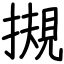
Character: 摫